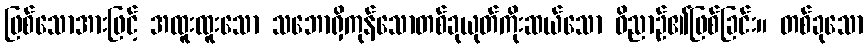
ဖြစ်သောအားဖြင့် အထူးထူးသော သဘောရှိကုန်သောတစ်ခုယုတ်ကိုးဆယ်သော ဝိညာဉ်၏ဖြစ်ခြင်း။ တစ်ခုသော